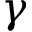
\gamma